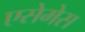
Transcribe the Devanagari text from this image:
एसेमेस